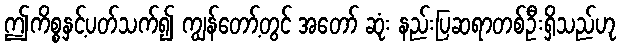
ဤကိစ္စနှင့်ပတ်သက်၍ ကျွန်တော့်တွင် အတော် ဆုံး နည်းပြဆရာတစ်ဦးရှိသည်ဟု